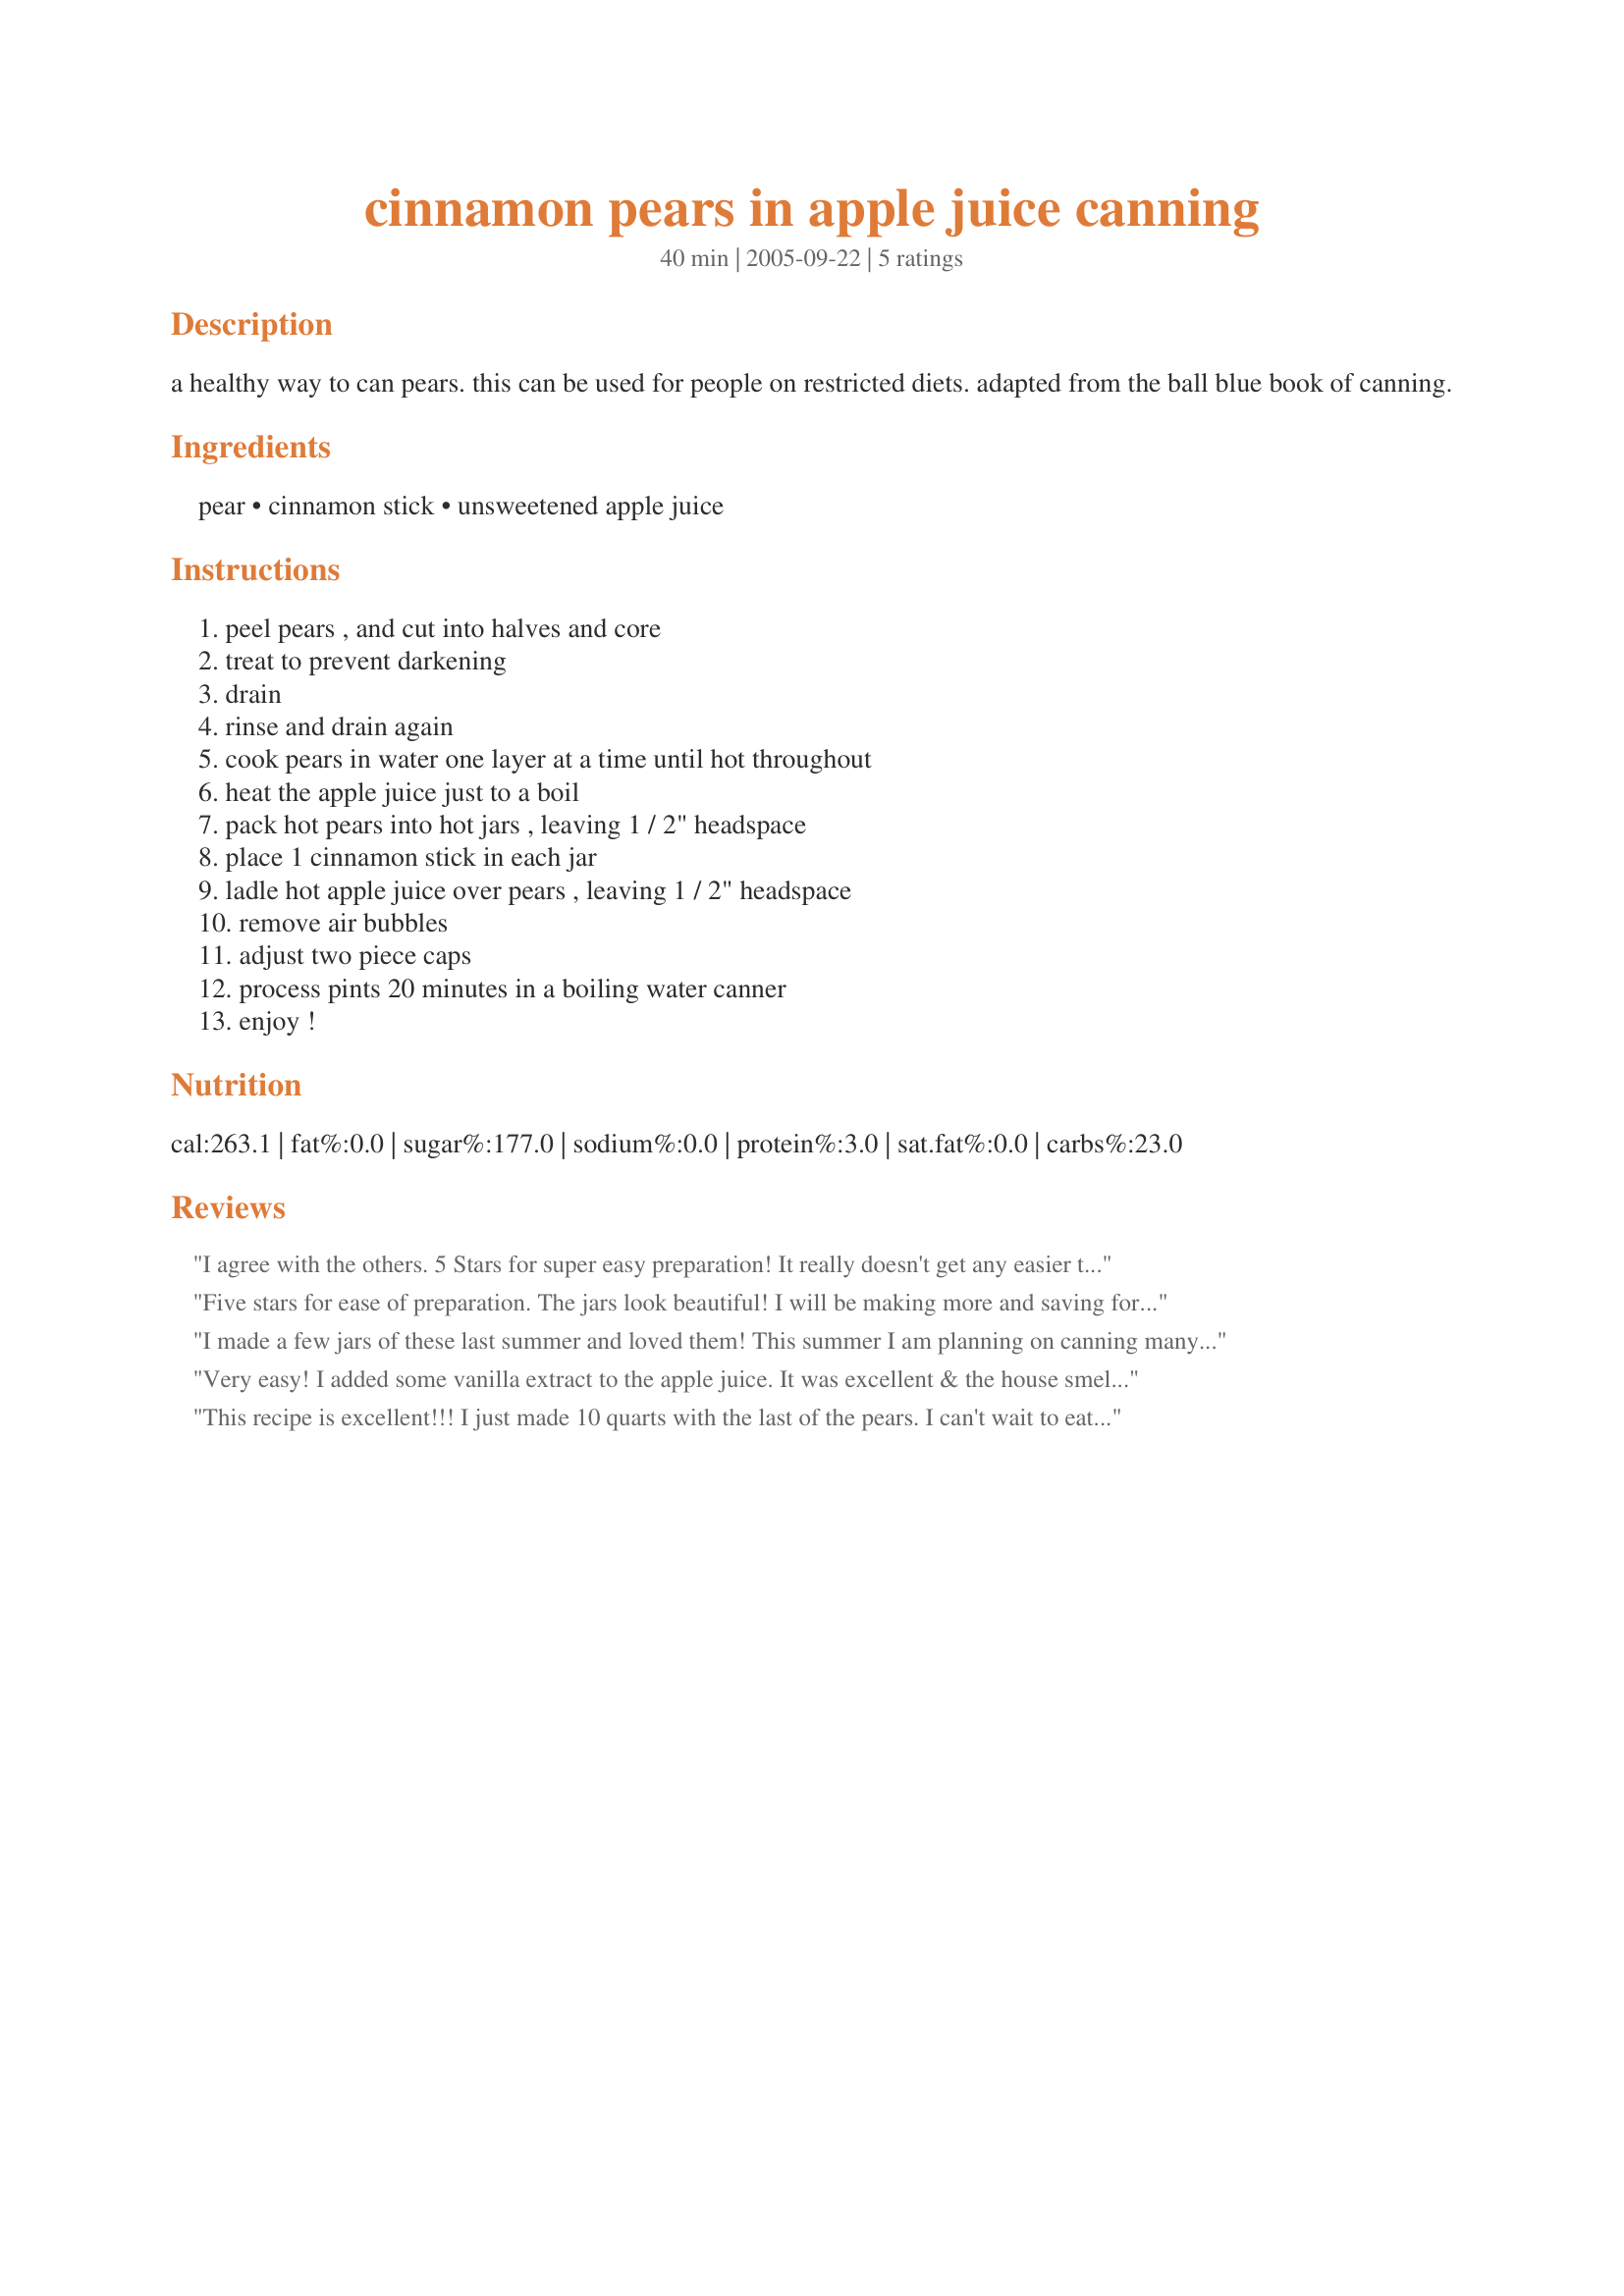
cinnamon pears in apple juice canning
Preparation time: 40 minutes

a healthy way to can pears. this can be used for people on restricted diets. adapted from the ball blue book of canning.

Ingredients:
pear, cinnamon stick, unsweetened apple juice

Steps:
peel pears , and cut into halves and core, treat to prevent darkening, drain, rinse and drain again, cook pears in water one layer at a time until hot throughout, heat the apple juice just to a boil, pack hot pears into hot jars , leaving 1 / 2" headspace, place 1 cinnamon stick in each jar, ladle hot apple juice over pears , leaving 1 / 2" headspace, remove air bubbles, adjust two piece caps, process pints 20 minutes in a boiling water canner, enjoy !

Reviews:
I agree with the others. 5 Stars for super easy preparation! It really doesn't get any easier than this. Thanks for posting a true keeper!
Five stars for ease of preparation. The jars look beautiful! I will be making more and saving for the winter months. (After I get some more cinammon sticks) I am trying to get through a ton of pears given to us by friends. Thank you so much for posting. Will try to remember to update after we crack some of these gorgeous jars open!
I made a few jars of these last summer and loved them! This summer I am planning on canning many more than that. I didn't have cinnamon sticks so I just sprinkled in a little ground cinnamon with the apple juice. Super easy and delicious!
Very easy! I added some vanilla extract to the apple juice. It was excellent & the house smelled fabulous!
This recipe is excellent!!! I just made 10 quarts with the last of the pears. I can't wait to eat them all!!!! Very simple to do.
